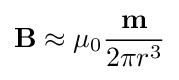
\mathbf {B} \approx \mu _{0}{\frac {\mathbf {m} }{2\pi r^{3}}}